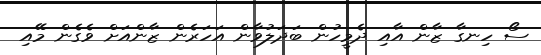
ސޯ ހިނގާ ޒާން އާއި ދެމީހުން ބަދަލުވާން އަހަރެން ޒާންއަށް ވެގެން މޭއި